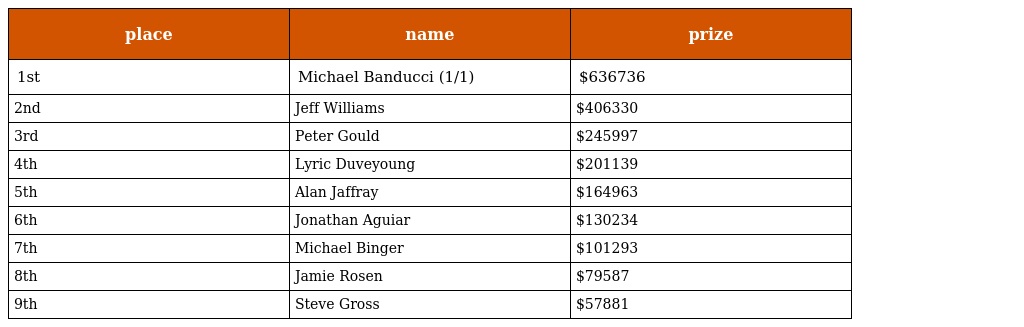
| place | name | prize |
 | --- | --- | --- |
 | 1st | Michael Banducci (1/1) | $636736 |
 | 2nd | Jeff Williams | $406330 |
 | 3rd | Peter Gould | $245997 |
 | 4th | Lyric Duveyoung | $201139 |
 | 5th | Alan Jaffray | $164963 |
 | 6th | Jonathan Aguiar | $130234 |
 | 7th | Michael Binger | $101293 |
 | 8th | Jamie Rosen | $79587 |
 | 9th | Steve Gross | $57881 |